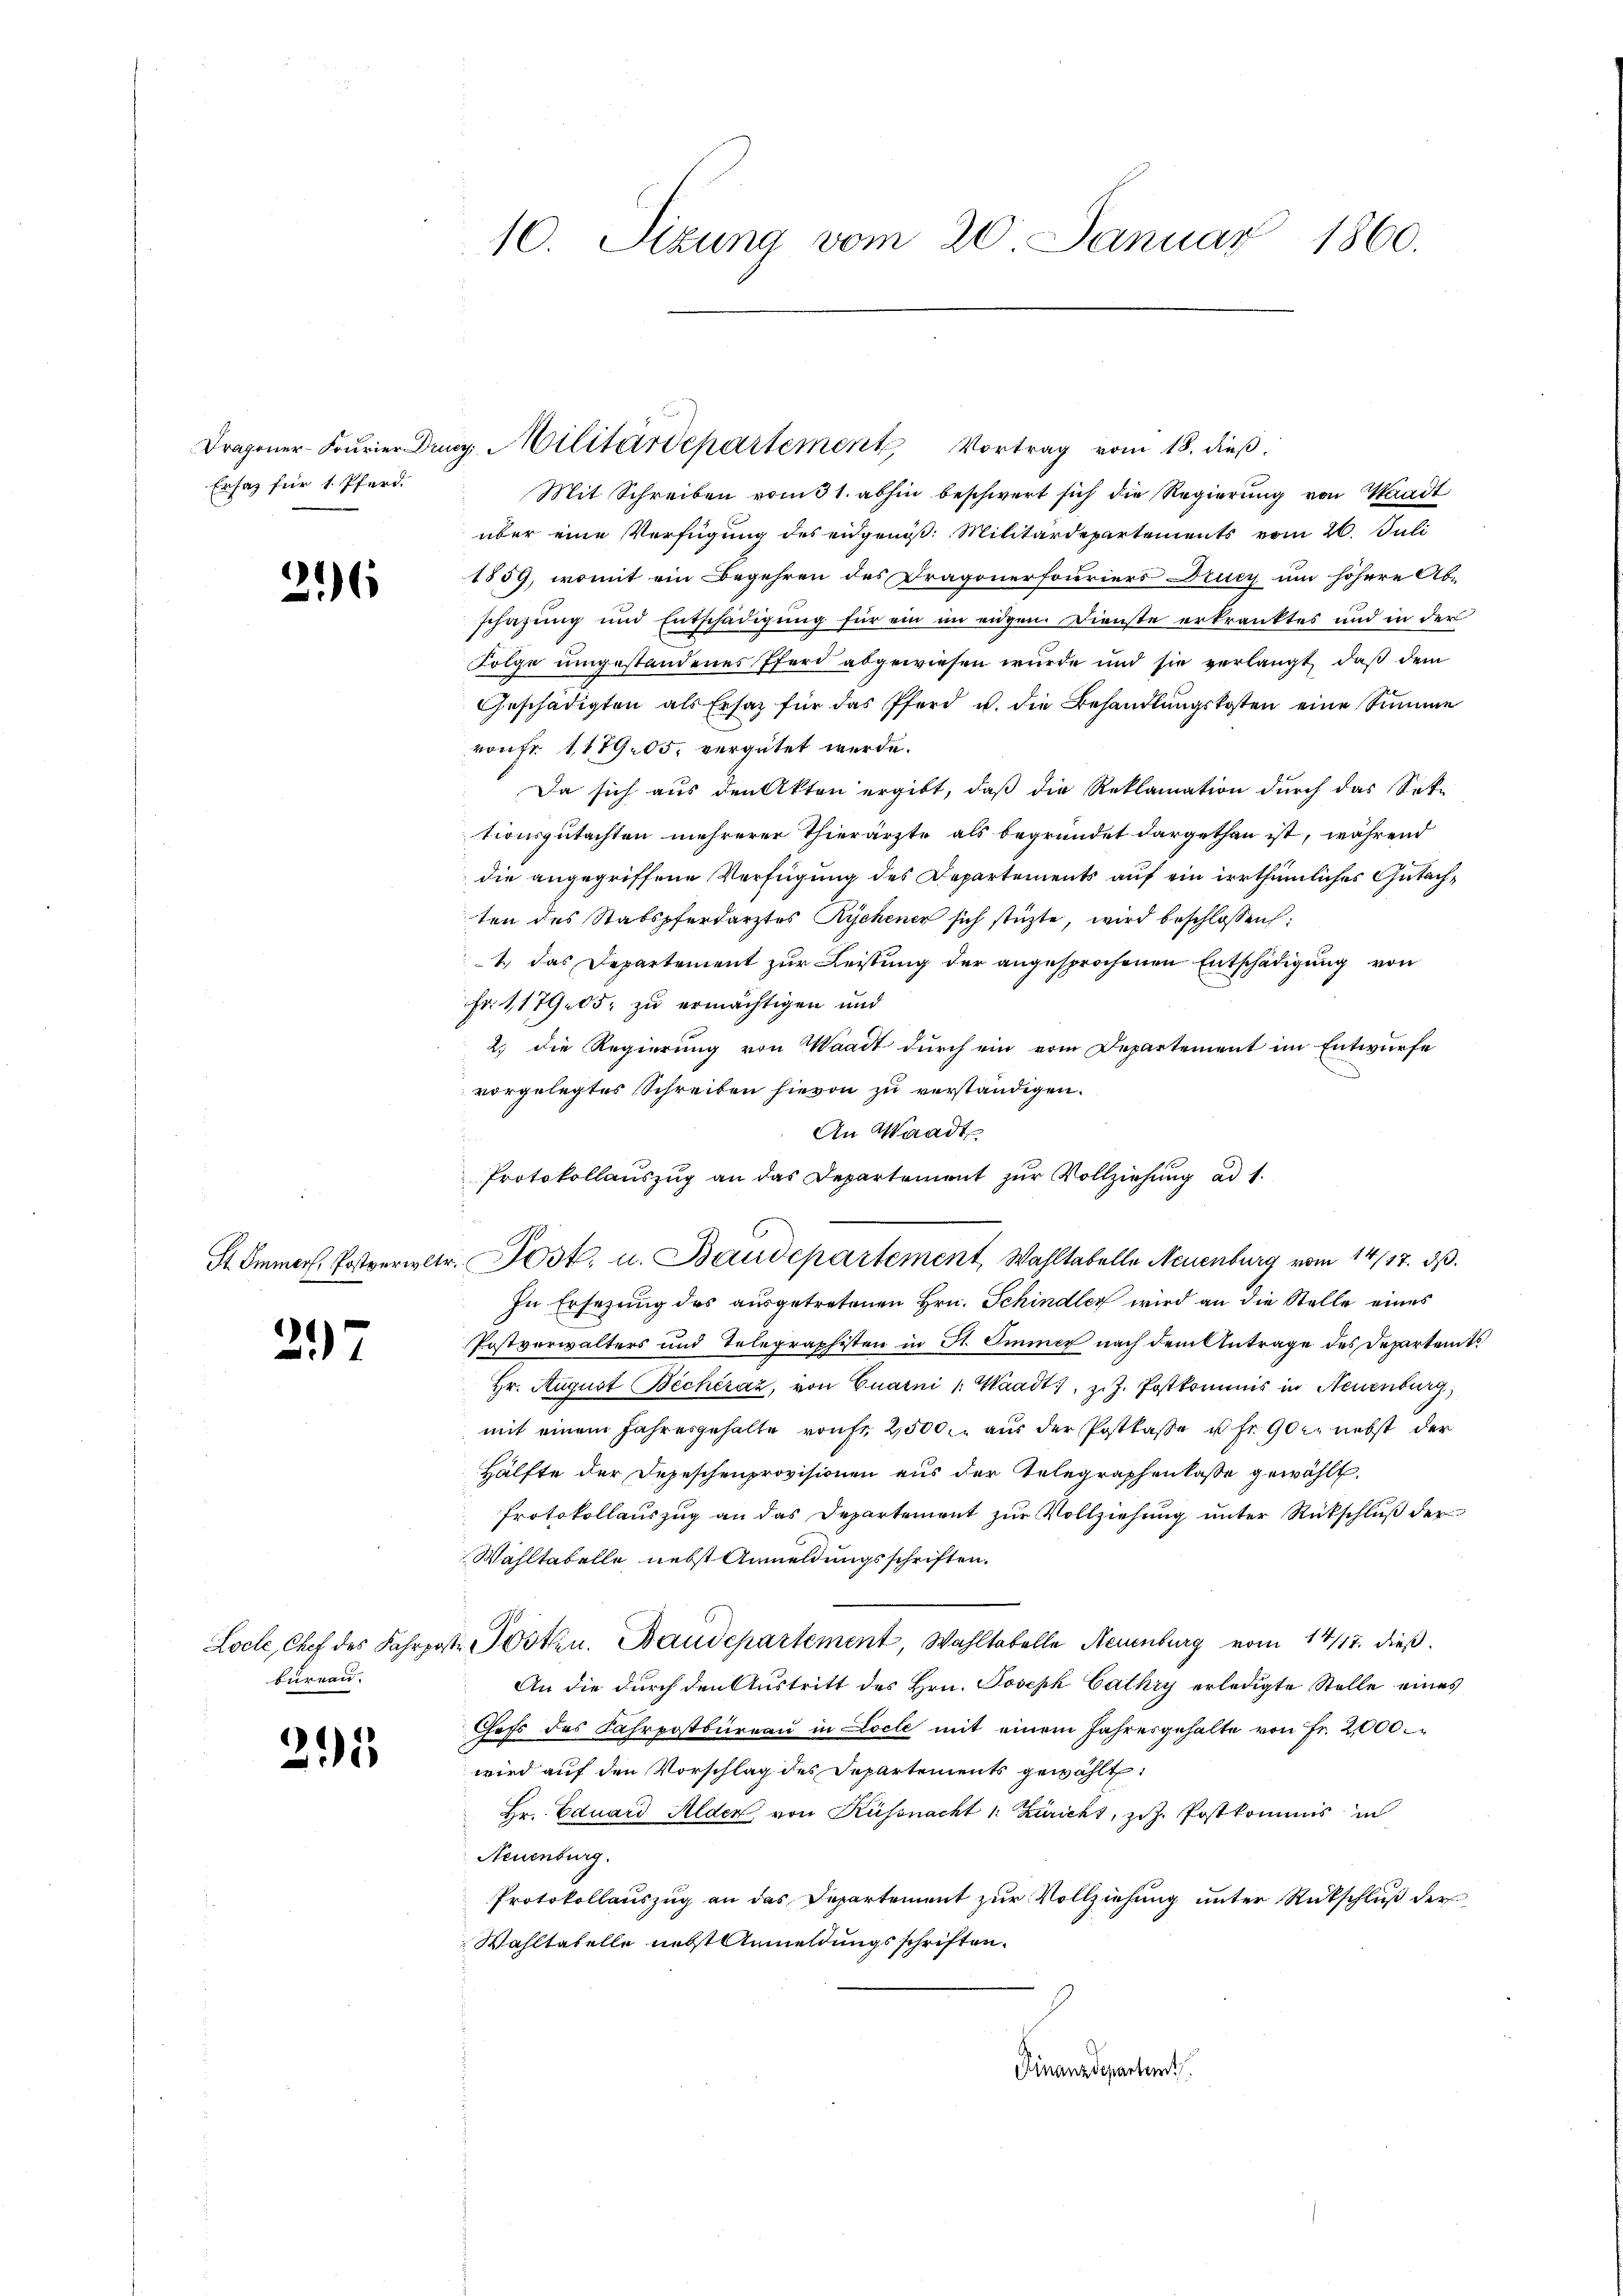
Ersatz für 1. Pferd.

26

1)
f

bureau.

215

10. Sizung vom 20. Januar 1860.

Mit Schreiben vom 31. abhin beschwert sich die Regierung von Waadt
über eine Verfügung des eidgenöß: Militärdepartements vom 20. Juli
1859, womit ein Begehren des Dragonerfouriers Drucy um höhere Ab-
schafung und Entschädigung für ein im eidgen. Dienste erkranktes und in der
Folge umgestandenes Pferd abgewiesen wurde und sie verlangt, daß dem
Geschädigten als Ersatz für das Pferd u. die Behandlungskosten eine Summe
rauf 117905. vergütet werde.
Da sich aus den Akten ergibt, daß die Reklamation durch das Sok-
tionsgutachten mehrerer Thierärzte als begründet dargethan ist, während
die angegriffene Verfügung des Departements auf ein irrthümliches Gutachten des Stabspferdarztes Rychener sich stüzte, wird beschlossen:
1 das Departement zur Leistung der angesprochenen Entschädigung von
Fr. 117905. zu ermächtigen und
2. die Regierung von Waadt durch ein vom Departement im Entwurfe
vorgelegtes Schreiben hievon zu verständigen.
In Ersezung des ausgetretenen Hrn. Schindler wird an die Stelle eines
Postverwalters und Telegraphisten in St. Immer nach dem Antrage des Departamts
Hr. August Bechéraz, von Cuaini Waadt, z. Z. Postkommis in Neuenburg,
mit einem Jahresgehalte rauf 2500. aus der Postkasse u. fr. 900. nebst der
Hälfte der Depeschenprovisionen aus der Telegraphenlasse gewählt.
Protokollauszug an das Departement zur Vollziehung unter Rückschluß der
Wahltabelle, nebst Anmeldungsschriften.
Locle, Chef des Fahrpost Posten. Baudepartement, Wahltabelle Neuenburg vom 14/17. dieß
An die durch den Austritt des Hrn. Joseph Cathry erledigte Stelle eines
Chefs des Fahrpostbureau in Loche mit einem Jahresgehalte von Fr. 2,000.
wird auf den Vorschlag des Departements gewählt:
Hr. Eduard Alder von Küssnacht Züricht, ziz. Postkommis in
Neuenburg.
Protokollauszug an das Departement zur Vollziehung unter Rückschluß der
Wahltatelle nebst Anmeldungsschriften.
Finanzdepartemt

Dragoner Fourier Drug. Militärdepartement Vortrag vom 18. dieß.

An Waadt
Protokollaŭszŭg an das Departement zŭr Vollziehŭng ad 1.
Stämmerl. Postperietr. Post. u. Baudepartement, Wahltabelle Neuenburg vom 14/17. ds.